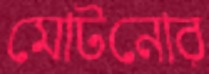
মোটনোর